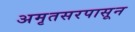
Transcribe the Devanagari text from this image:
अमृतसरपासून